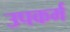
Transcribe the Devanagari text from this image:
उपकर्म